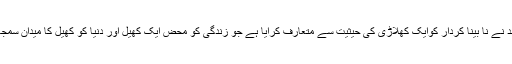
پریم چند نے نا بینا کردار کوایک کھلاڑی کی حیثیت سے متعارف کرایا ہے جو زندگی کو محض ایک کھیل اور دنیا کو کھیل کا میدان سمجھتا ہے۔